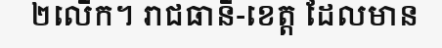
២លើក។ រាជធានី-ខេត្ត ដែលមាន